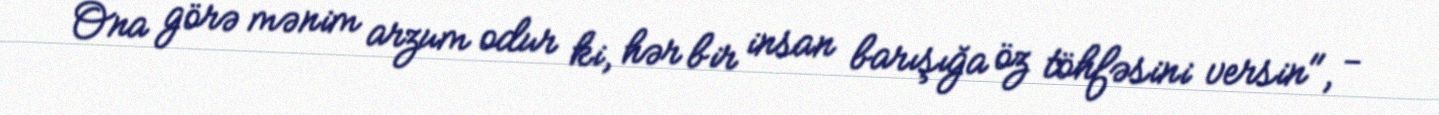
Ona görə mənim arzum odur ki, hər bir insan barışığa öz töhfəsini versin", -